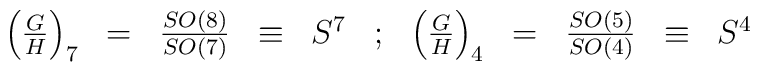
\begin{array}{rccclcrcccl} \left(\frac{G}{H}\right)_7 & = & \frac{SO(8)}{SO(7)} & \equiv & S^7& ; & \left(\frac{G}{H}\right)_4 & = & \frac{SO(5)}{SO(4)} & \equiv & S^4\end{array}